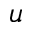
u